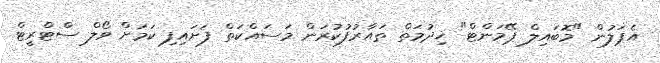
އެޕަލުން "މޮބައިލް ޕޭމަންޓް" ޚިދުމަތް ތައާރުފުކުރަން މަސައްކަތް ފަށައިފި ކަމަށް ވޯލް ސްޓްރީޓް